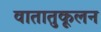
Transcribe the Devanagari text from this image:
वातातुकूलन